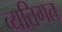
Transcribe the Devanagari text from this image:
व्‍यतिगत